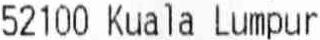
52100 KUALA LUMPUR